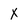
Character: x